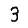
Digit: 3